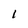
Character: 1